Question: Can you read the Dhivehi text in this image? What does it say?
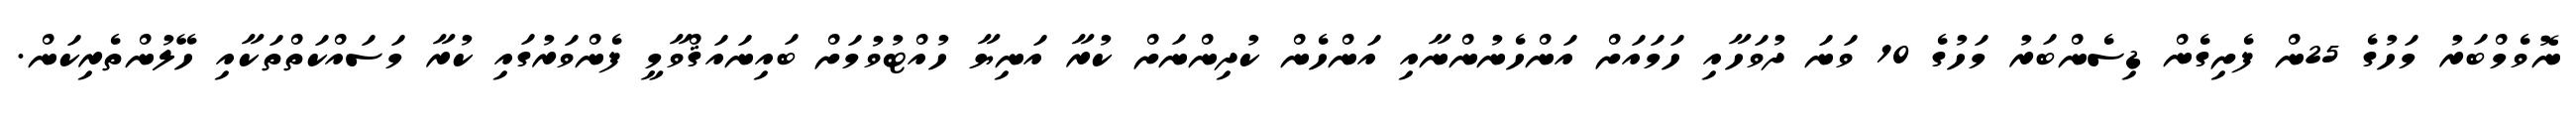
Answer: ނޮވެމްބަރު މަހުގެ 25ން ފެށިގެން ޑިސެންބަރު މަހުގެ 10 ވަނަ ދުވަހާއި ހަމައަށް އަންހެނުންނާއި އަންހެން ކުދިންނަށް ކުރާ އަނިޔާ ހުއްޓުވުމަށް ބައިނައަޤްވާމީ ފެންވަރުގައި ކުރާ މަސައްކަތްތަކާއި ހޭލުންތެރިކަން.